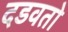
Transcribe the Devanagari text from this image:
दडवतो